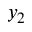
y _ { 2 }